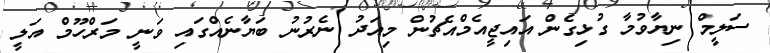
ސަލީމް ނިޔާވުމާ ގުޅިގެން އައިޖީއެމްއެޗުން މިއަދު ނެރުނު ބަޔާނެއްގައި ވަނީ މަރްހޫމް އަލީ